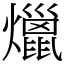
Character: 爉